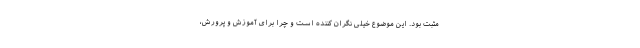
مثبت بود. این موضوع خیلی نگران کننده است و چرا برای آموزش و پرورش،